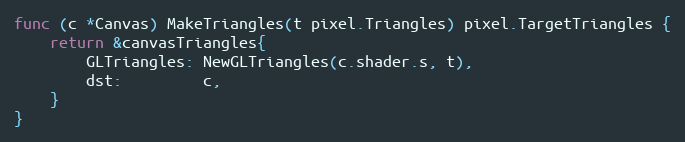
Language: Go
func (c *Canvas) MakeTriangles(t pixel.Triangles) pixel.TargetTriangles {
	return &canvasTriangles{
		GLTriangles: NewGLTriangles(c.shader.s, t),
		dst:         c,
	}
}